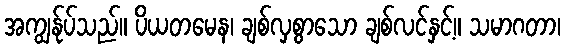
အကျွန်ုပ်သည်။ ပိယတမေန၊ ချစ်လှစွာသော ချစ်လင်နှင့်။ သမာဂတာ၊